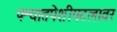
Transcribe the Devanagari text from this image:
पश्चातपेशीपटलावर